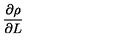
\frac { \partial \rho } { \partial L }